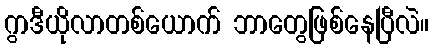
ဂွာဒီယိုလာတစ်ယောက် ဘာတွေဖြစ်နေပြီလဲ။